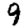
Digit: 9